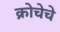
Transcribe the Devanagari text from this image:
क्रोचेचे